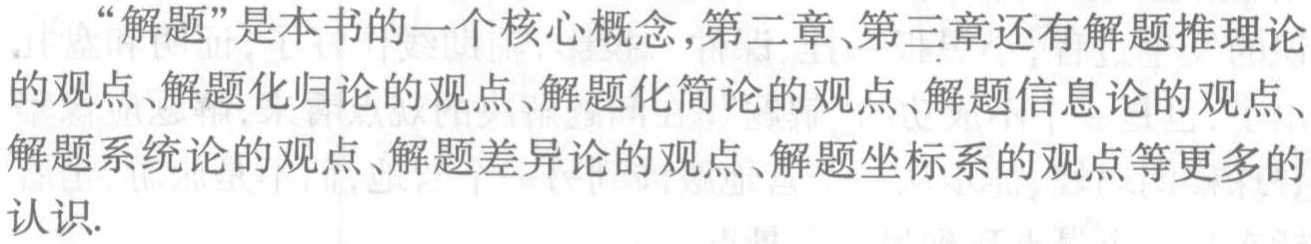
“解题”是本书的一个核心概念,第二章、第三章还有解题推理论

的观点、解题化归论的观点、解题化简论的观点、解题信息论的观点、

解题系统论的观点、解题差异论的观点、解题坐标系的观点等更多的

认识.